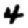
Digit: 4